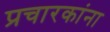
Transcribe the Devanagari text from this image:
प्रचारकांना